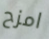
امزح